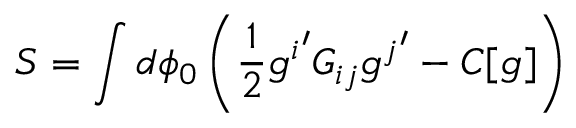
{ \cal S } = \int d \phi _ { 0 } \left( \frac { 1 } { 2 } { g ^ { i } } ^ { \prime } { \cal G } _ { i j } { g ^ { j } } ^ { \prime } - C [ g ] \right)